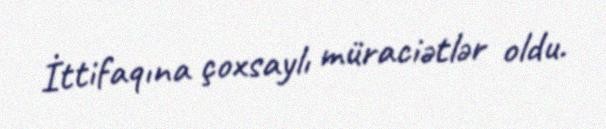
İttifaqına çoxsaylı müraciətlər oldu.